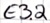
Text: E3.2